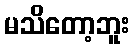
မသိတော့ဘူး